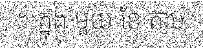
។ ក្នុង មួយ ខែ តាម